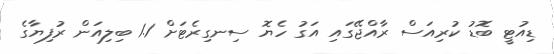
ޑިއުޓީ ބޮޑު ކުރިއަސް ރާއްޖޭގައި އަގު ހެޔޮ ސިނގިރެޓަށް 1.1 ބިލިއަން ރުފިޔާގެ